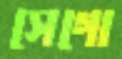
সেগো